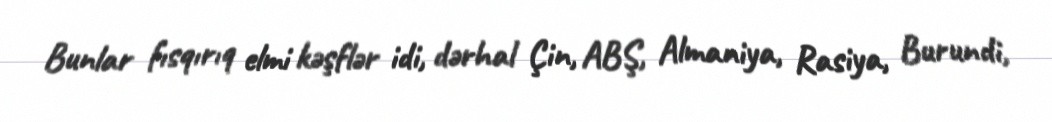
Bunlar fısqırıq elmi kəşflər idi, dərhal Çin, ABŞ, Almaniya, Rasiya, Burundi,